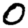
Digit: 0